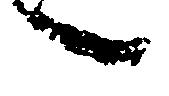
言